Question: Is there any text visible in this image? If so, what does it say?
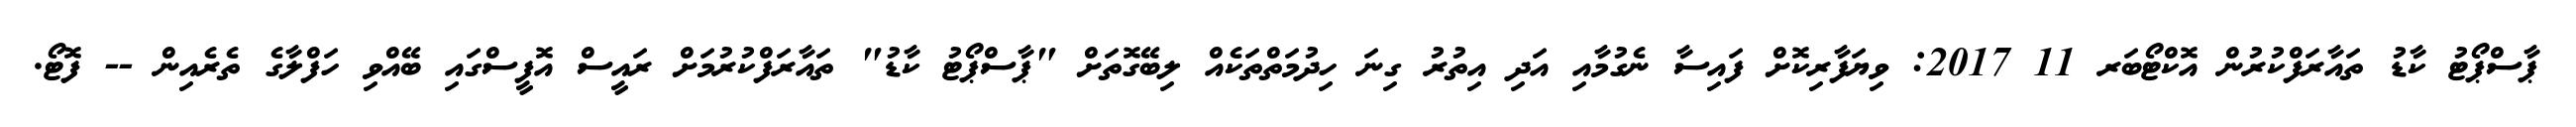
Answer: ޕާސްޕޯޓު ކާޑު ތައާރަފްކުރުން އޮކްޓޯބަރ 11 2017: ވިޔަފާރިކޮށް ފައިސާ ނެގުމާއި އަދި އިތުރު ގިނަ ހިދުމަތްތަކެއް ލިބޭގޮތަށް "ޕާސްޕޯޓު ކާޑު" ތައާރަފްކުރުމަށް ރައީސް އޮފީސްގައި ބޭއްވި ހަފްލާގެ ތެރެއިން -- ފޮޓޯ.